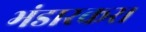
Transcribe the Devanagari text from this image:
भंडारकर।